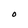
Character: O